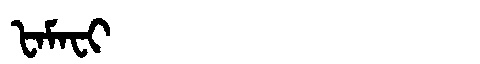
Manchu: ᡶᠠᠮᠠᠸᡳ
Romanization: FAMAFI